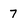
Character: 7